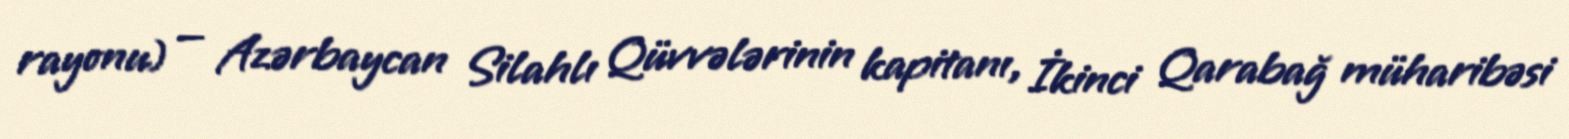
rayonu) — Azərbaycan Silahlı Qüvvələrinin kapitanı, İkinci Qarabağ müharibəsi